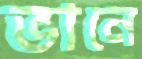
ভানে